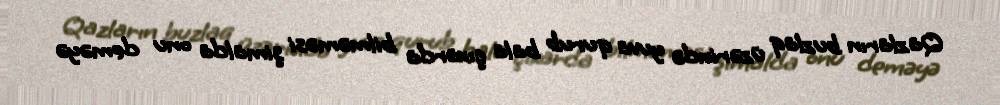
Qazların buzlaq üzərində yuva qurub bala çıxarda bilməməsi şimalda onu deməyə